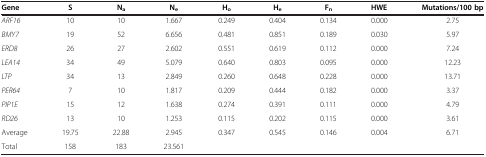
| Gene | S | Na | Ne | Ho | He | Fn | HWE | Mutations/100 bp |
 | --- | --- | --- | --- | --- | --- | --- | --- | --- |
 | ARF16 | 10 | 10 | 1.667 | 0.249 | 0.404 | 0.134 | 0.000 | 2.75 |
 | BMY7 | 19 | 52 | 6.656 | 0.481 | 0.851 | 0.189 | 0.030 | 5.97 |
 | ERD8 | 26 | 27 | 2.602 | 0.551 | 0.619 | 0.112 | 0.000 | 7.24 |
 | LEA14 | 34 | 49 | 5.079 | 0.640 | 0.803 | 0.095 | 0.000 | 12.23 |
 | LTP | 34 | 13 | 2.849 | 0.260 | 0.648 | 0.228 | 0.000 | 13.71 |
 | PER64 | 7 | 10 | 1.817 | 0.209 | 0.444 | 0.182 | 0.000 | 3.37 |
 | PIP1E | 15 | 12 | 1.638 | 0.274 | 0.391 | 0.111 | 0.000 | 4.79 |
 | RD26 | 13 | 10 | 1.253 | 0.115 | 0.202 | 0.115 | 0.000 | 3.61 |
 | Average | 19.75 | 22.88 | 2.945 | 0.347 | 0.545 | 0.146 | 0.004 | 6.71 |
 | Total | 158 | 183 | 23.561 |  |  |  |  |  |